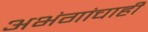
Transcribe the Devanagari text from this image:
अभंगांचाही